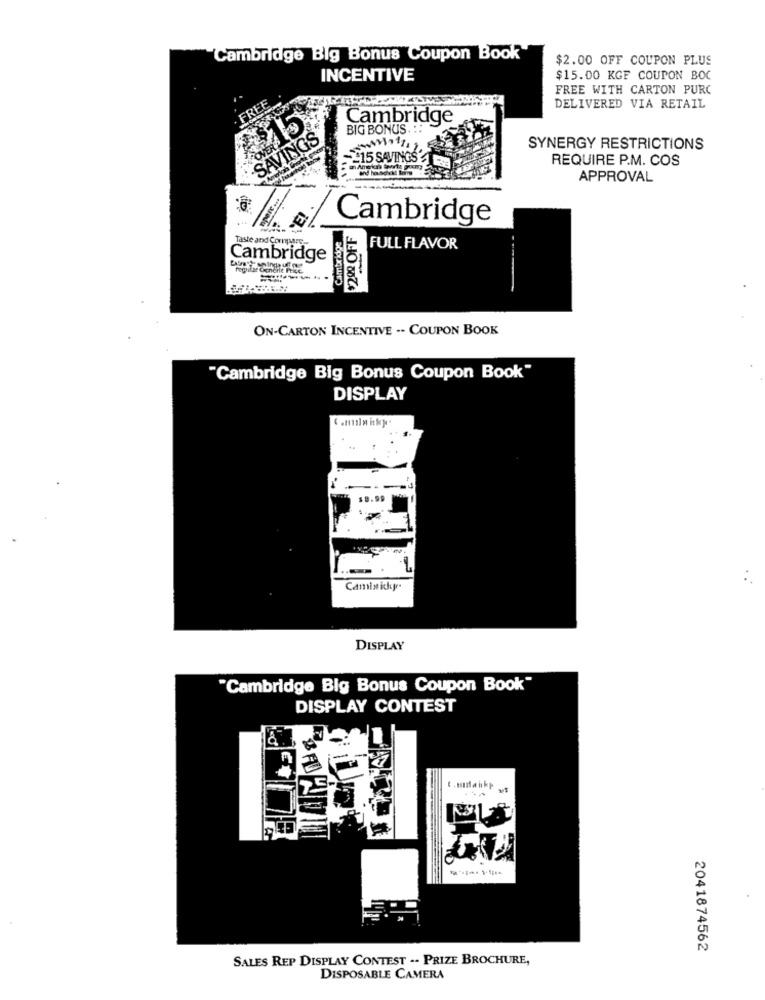
Cambridge Big Bonus Coupon Book
$2.00 OFF COUPON PLUS
INCENTIVE
$15.00 KGF COUPON BOC
FREE WITH CARTON PURC
FREE
DELIVERED VIA RETAIL
Cambridge
BIG BONUS. ::
SAVINGS
SYNERGY RESTRICTIONS
15 SAVINGS
REQUIRE P.M. COS
APPROVAL
E!
Cambridge
Cambridge
¥20% OFF
Taste and Coripare ..
FULL FLAVOR
Cambridge
ON-CARTON INCENTIVE -. COUPON BOOK
"Cambridge Big Bonus Coupon Book"
DISPLAY
3.99
Camis ichr.
DISPLAY
"Cambridge Big Bonus Coupon Book"
DISPLAY CONTEST
2041874562
SALES REP DISPLAY CONTEST -- PRIZE BROCHURE,
DISPOSABLE CAMERA